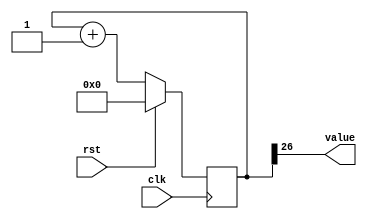
/*
   This file was generated automatically by Alchitry Labs version 1.2.1.
   Do not edit this file directly. Instead edit the original Lucid source.
   This is a temporary file and any changes made to it will be destroyed.
*/

/*
   Parameters:
     SIZE = 1
     DIV = 26
     TOP = 0
     UP = 1
*/
module counter_7 (
    input clk,
    input rst,
    output reg [0:0] value
  );
  
  localparam SIZE = 1'h1;
  localparam DIV = 5'h1a;
  localparam TOP = 1'h0;
  localparam UP = 1'h1;
  
  
  reg [26:0] M_ctr_d, M_ctr_q = 1'h0;
  
  localparam MAX_VALUE = 27'h3ffffff;
  
  always @* begin
    M_ctr_d = M_ctr_q;
    
    value = M_ctr_q[26+0-:1];
    if (1'h1) begin
      M_ctr_d = M_ctr_q + 1'h1;
      if (1'h0 && M_ctr_q == 27'h3ffffff) begin
        M_ctr_d = 1'h0;
      end
    end else begin
      M_ctr_d = M_ctr_q - 1'h1;
      if (1'h0 && M_ctr_q == 1'h0) begin
        M_ctr_d = 27'h3ffffff;
      end
    end
  end
  
  always @(posedge clk) begin
    if (rst == 1'b1) begin
      M_ctr_q <= 1'h0;
    end else begin
      M_ctr_q <= M_ctr_d;
    end
  end
  
endmodule